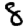
Digit: 8